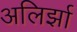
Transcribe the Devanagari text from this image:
अलिर्झा